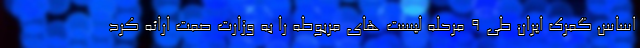
اساس گمرک ایران طی ۹ مرحله لیست های مربوطه را به وزارت صمت ارائه کرد